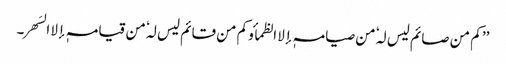
’’ کم من صائم لیس لہٗ من صیامہٖ إلا الظمأ و کم من قائم لیس لہٗ من قیامہٖ إلا السَھر۔